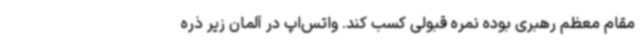
مقام معظم رهبری بوده نمره قبولی کسب کند. واتس‌اپ در آلمان زیر ذره